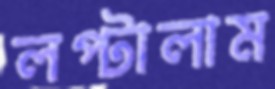
লপ্‌টালাম